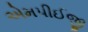
એમપીઈજી